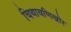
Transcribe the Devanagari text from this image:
चिथावणिखोर